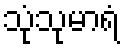
သုံသုမာရံ